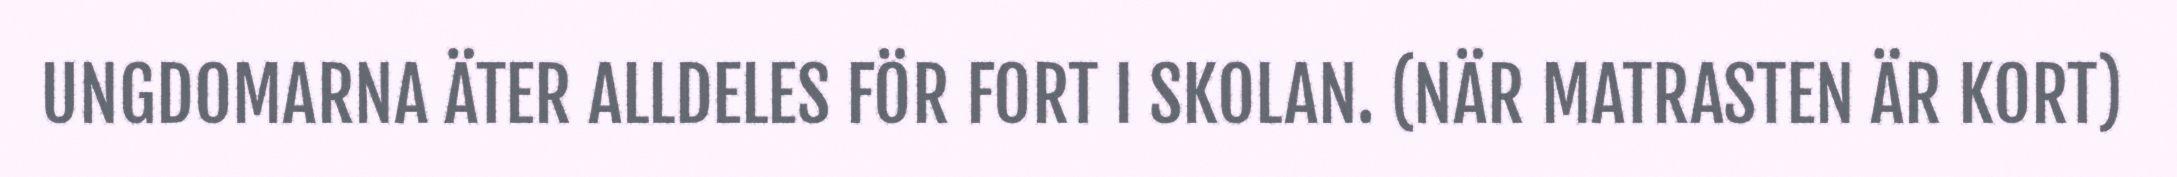
UNGDOMARNA ÄTER ALLDELES FÖR FORT I SKOLAN. (NÄR MATRASTEN ÄR KORT)